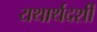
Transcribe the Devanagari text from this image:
यथार्थदर्शी